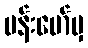
ဗန်းမော်မှ